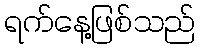
ရက်နေ့ဖြစ်သည်